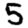
Digit: 5